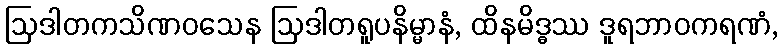
ဩဒါတကသိဏဝသေန ဩဒါတရူပနိမ္မာနံ, ထိနမိဒ္ဓဿ ဒူရဘာဝကရဏံ,